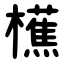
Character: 櫵